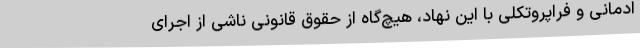
ادمانی و فراپروتکلی با این نهاد، هیچ‌گاه از حقوق قانونی ناشی از اجرای